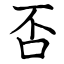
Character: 否